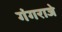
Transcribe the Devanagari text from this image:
गंगराजे